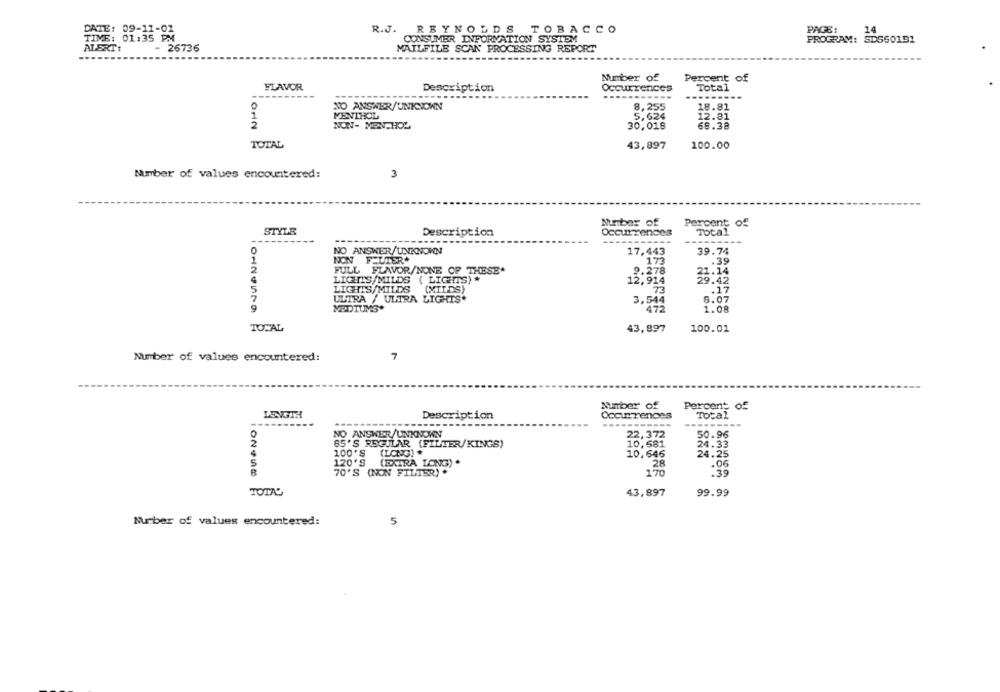
24
DATE: 09-11-01
R.J. REYNOLDS TOBACCO
PAGE:
TIME: 01:35 PM
CONSUMER INFORMATION SYSTEM
PROGRAM: SDS60191
ALERT:
- 26736
MAILFILE SCAN PROCESSING REPORT
Number of
Percent of
FLAVOR
Description
Occurrences
Total
-----
NO ANSWER/UNKNOWN
8,255
18.81
MENTHOL
5,624
12.81
NON- MEN-HOZ
30,018
68.38
1012
TOTAL
43,897
100.00
Number of values encountered:
3
Number of
Percent of
STYLE
Description
Occurrences
Total
--------
NO ANSWER/UNKNOWN
17,443
39.74
NON FILTER*
173
.39
FULL FLAVOR/NONE OF THESE*
9.278
LIGHTIS MILDS ( LIGHTS) *
12,914
59:42
LIGHTS/MILDS
(MILDS)
73
.17
ULTRA / ULTRA LIGHTS*
8.07
3,544
10122579
MEDIUMS*
472
1.08
TOTAL
43,897
100.01
Number of values encountered:
7
Number of
Percent of
LENGTH
Description
Occurrences
Total
---
NO ANSWER/UNKNOWN
50.96
10.581
24.33
85'S REGULAR (FILTER/KINGS)
100'S
(LONG) *
10,646
24.25
120'S
(EXTRA LONG) .
.06
170
102458
70'S (NON FILTER) *
.39
TOTAL
43,897
99.99
Number of values encountered:
5